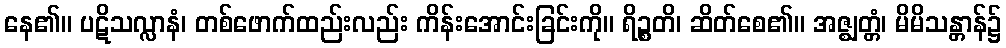
နေ၏။ ပဋိသလ္လာနံ၊ တစ်ဖောက်ထည်းလည်း ကိန်းအောင်းခြင်းကို။ ရိဉ္စတိ၊ ဆိတ်စေ၏။ အဇ္ဈတ္တံ၊ မိမိသန္တာန်၌